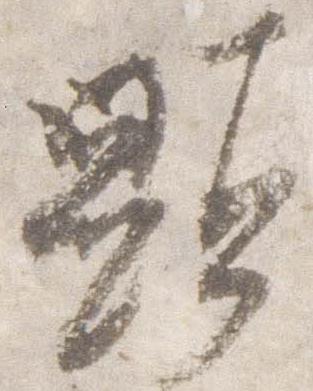
顕